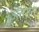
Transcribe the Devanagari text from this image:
अत्तरात